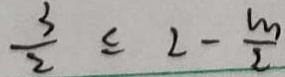
\frac { 3 } { 2 } \leq 2 - \frac { m } { 2 }